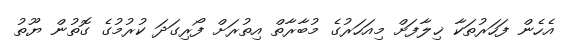
އެހެން ފަހަރުތަކާ ޚިލާފަށް މިއަހަރުގެ މުބާރާތް އިތުރަށް ފޯރިގަދަ ކުރުމުގެ ގޮތުން ޔޫތު